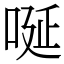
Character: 唌